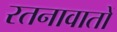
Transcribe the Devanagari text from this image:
रतनावातों